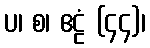
ပ၊ စ၊ ဧဠံ (၄၄)၊